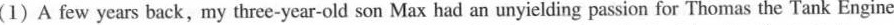
(1)A few years back,my three-yesr-old son Max had an unyiekding passion fex Thomas the Tank Enginc